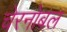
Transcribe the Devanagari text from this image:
चेरनोबल